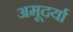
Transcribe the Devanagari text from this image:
अमूदर्या